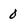
Character: 0